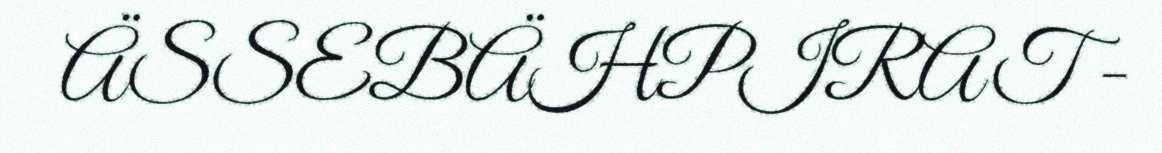
ÄSSEBÄHPIRAT -